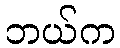
ဘယ်က